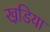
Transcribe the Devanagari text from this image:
खडि़या